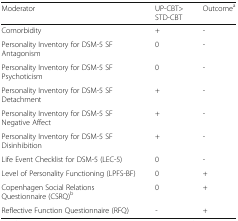
<table><thead><tr><td><b>Moderator</b></td><td><b>UP-CBT&gt;STD-CBT</b></td><td><b>Outcome<sup>a</sup></b></td></tr></thead><tbody><tr><td>Comorbidity</td><td>+</td><td>-</td></tr><tr><td>Personality Inventory for DSM-5 SF Antagonism</td><td>0</td><td>-</td></tr><tr><td>Personality Inventory for DSM-5 SF Psychoticism</td><td>0</td><td>-</td></tr><tr><td>Personality Inventory for DSM-5 SF Detachment</td><td>+</td><td>-</td></tr><tr><td>Personality Inventory for DSM-5 SF Negative Affect</td><td>+</td><td>-</td></tr><tr><td>Personality Inventory for DSM-5 SF Disinhibition</td><td>+</td><td>-</td></tr><tr><td>Life Event Checklist for DSM-5 (LEC-5)</td><td>0</td><td>-</td></tr><tr><td>Level of Personality Functioning (LPFS-BF)</td><td>0</td><td>+</td></tr><tr><td>Copenhagen Social Relations Questionnaire (CSRQ)<sup>b</sup></td><td>0</td><td>+</td></tr><tr><td>Reflective Function Questionnaire (RFQ)</td><td>-</td><td>+</td></tr></tbody></table>